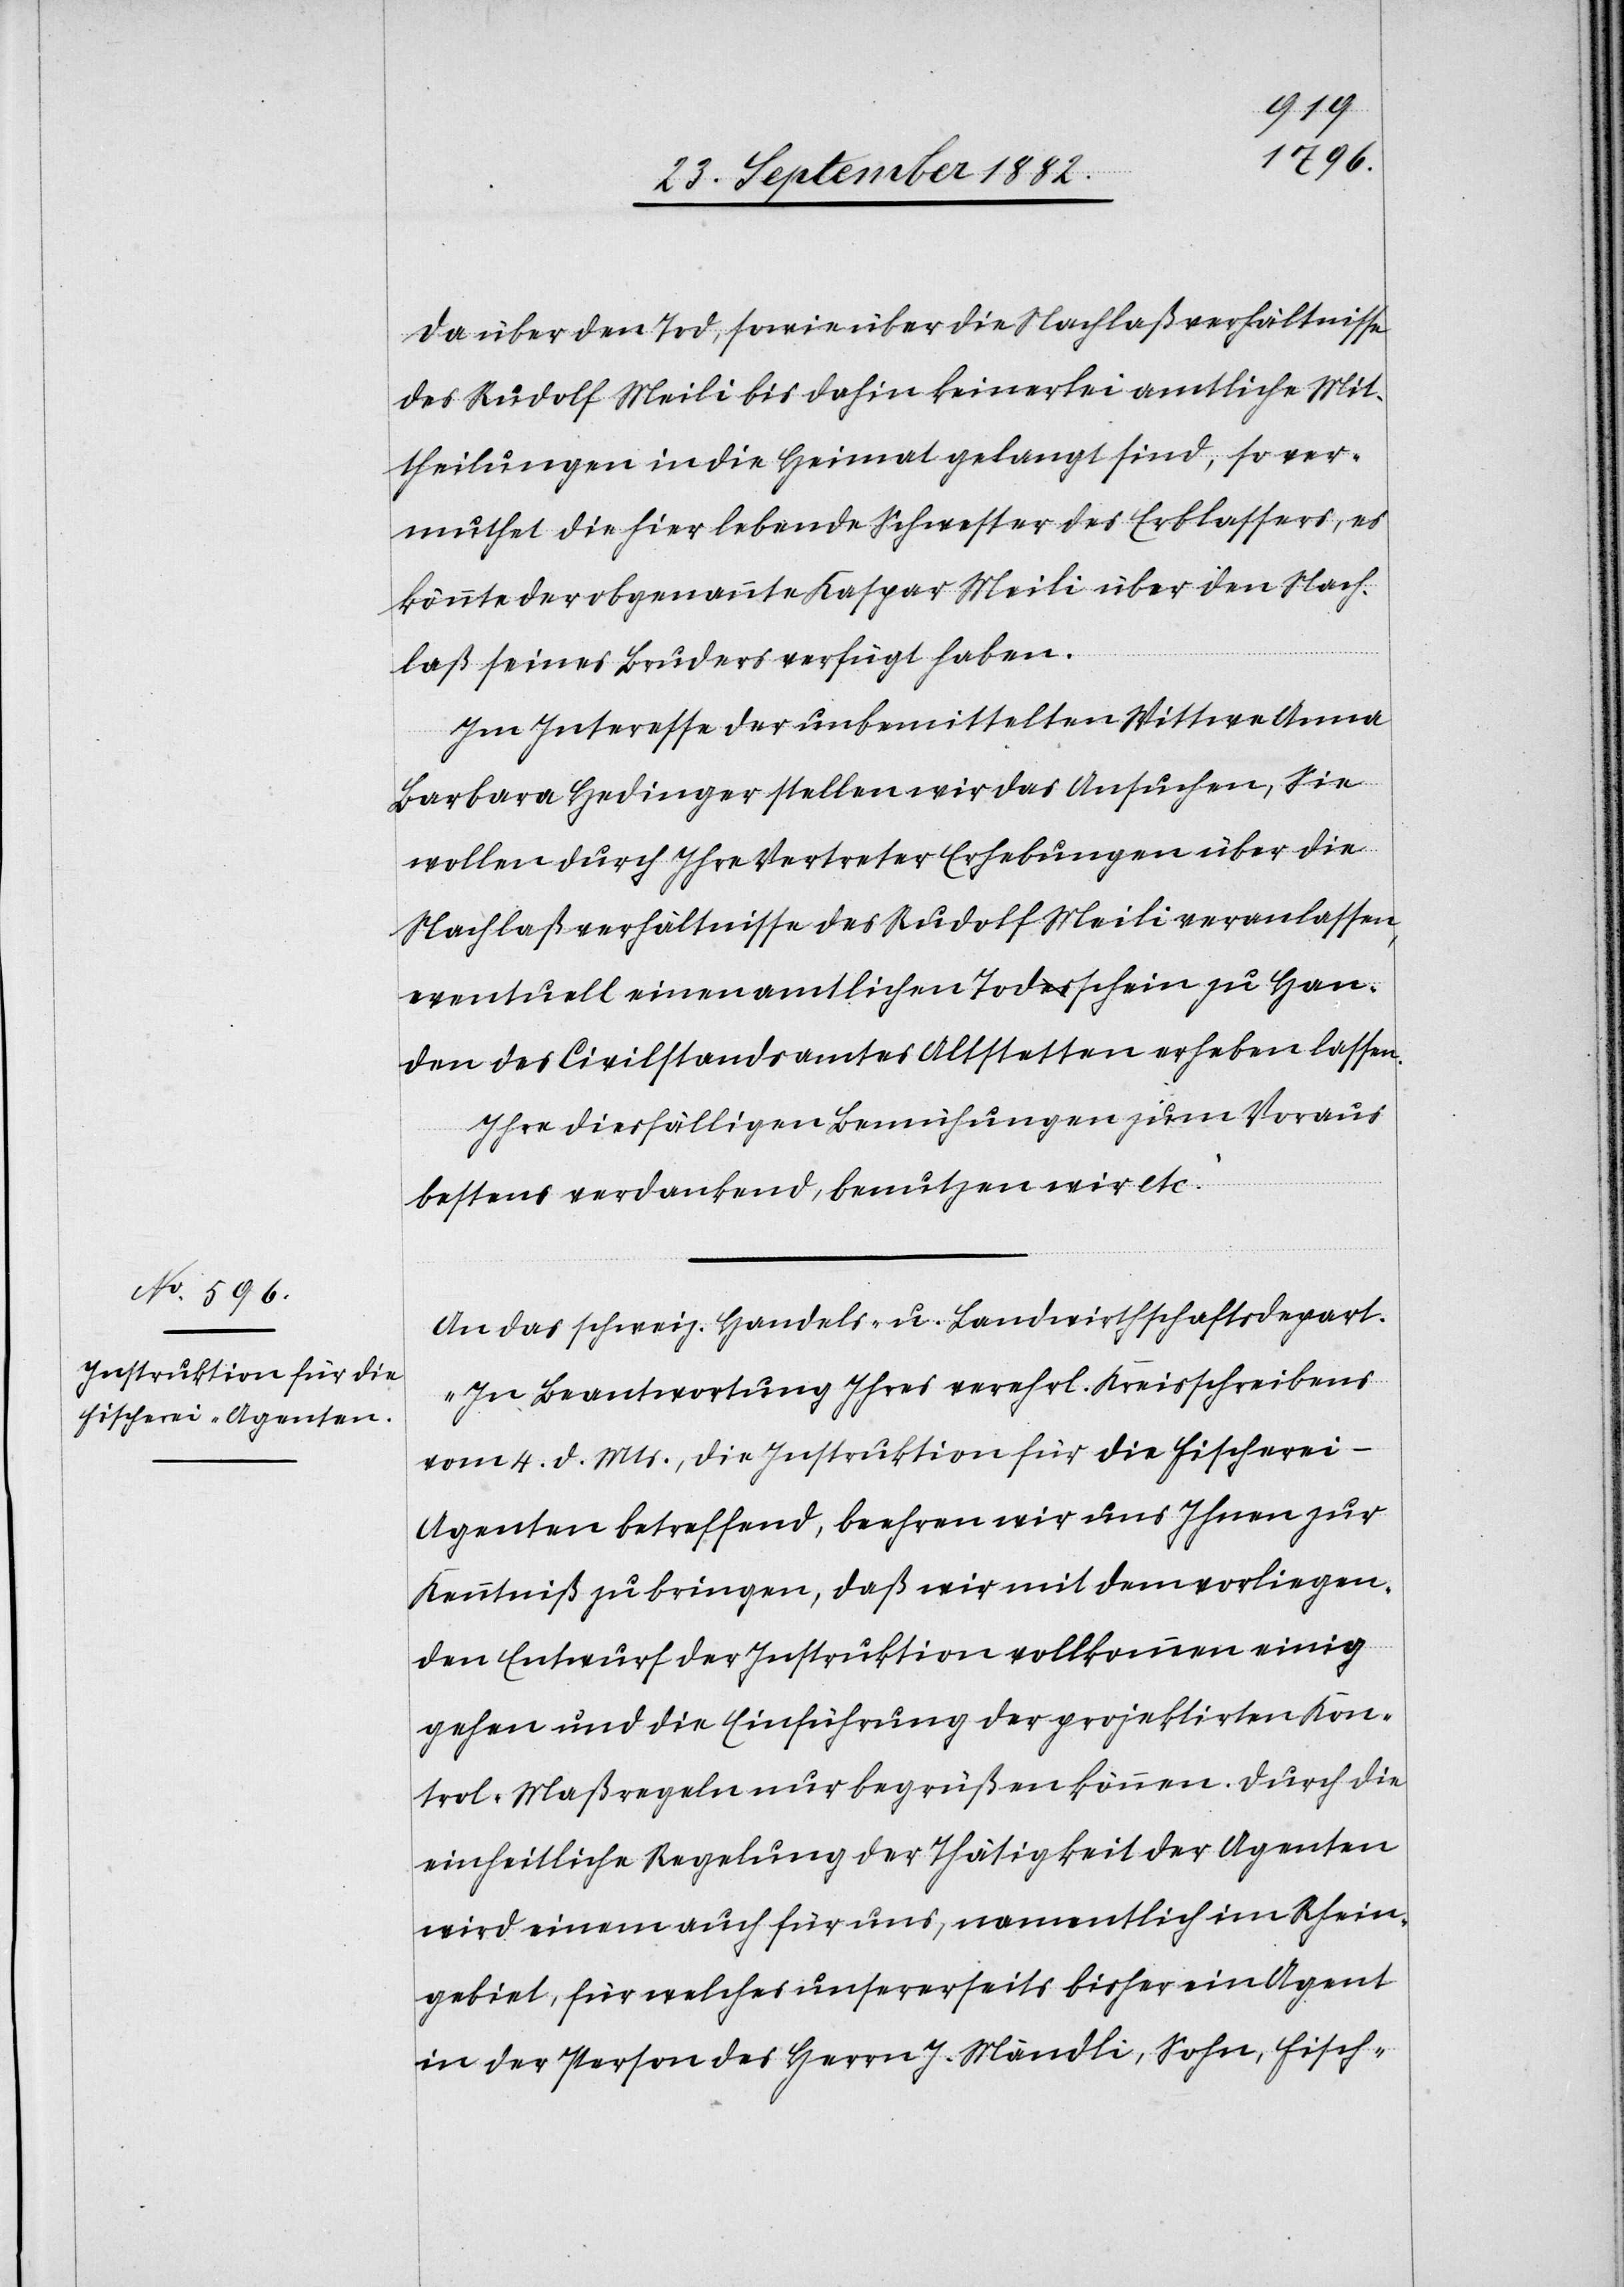
Da über den Tod, sowie über die Nachlaßverhältnisse
des Rudolf Meili bis anhin keinerlei amtliche Mit¬
theilung in die Heimat gelangt sind, so ver¬
muthet die hier lebende Schwester des Erblassers, es
könnte der obgenannte Kaspar Meili über den Nach¬
laß seines Bruders verfügt haben.
Im Interesse der unbemittelten Wittwe Anna
Barbara Hedinger stellen wir das Ansuchen, Sie
wollen durch Ihre Vertreter Erhebungen über die
Nachlaßverhältnisse des Rudolf Meili veranlassen,
eventuell einen amtlichen Toda-es-aschein zu Han¬
den des Civilstandsamtes Altstetten erheben lassen.
Ihre diesfälligen Bemühungen zum Voraus
bestens verdankend, benutzen wird etc.“
An das schweiz. Handels- u. Landwirthschaftsdepart.
„In Beantwortung Ihres verehrl. Kreisschreibens
vom 4. d. Mts., die Instruktion für die Fischerei-A¬
genten betreffend, beehren wir uns Ihnen zur
Kenntniß zu bringen, daß wir mit dem vorliegen¬
den Entwurf der Instruktion vollkommen einig
gehen und die Einführung der projektirten Kon¬
trol-Maßregeln nur begrüßen können. Durch die
einheitliche Regelung der Thätigkeit der Agenten
wird einem auch für uns, namentlich im Rhein¬
gebiet, für welches unsererseits bisher ein Agent
in der Person des Herrn J. Mändli, Sohn, Fisch-